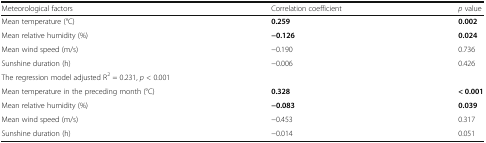
<table><thead><tr><td><b>Meteorological factors</b></td><td><b>Correlation coefficient</b></td><td><b><i>p</i> value</b></td></tr></thead><tbody><tr><td>Mean temperature (°C)</td><td><b>0.259</b></td><td><b>0.002</b></td></tr><tr><td>Mean relative humidity (%)</td><td><b>−0.126</b></td><td><b>0.024</b></td></tr><tr><td>Mean wind speed (m/s)</td><td>−0.190</td><td>0.736</td></tr><tr><td>Sunshine duration (h)</td><td>−0.006</td><td>0.426</td></tr><tr><td colspan="3">The regression model adjusted R<sup>2</sup> = 0.231, <i>p</i> &lt; 0.001</td></tr><tr><td>Mean temperature in the preceding month (°C)</td><td><b>0.328</b></td><td><b>&lt; 0.001</b></td></tr><tr><td>Mean relative humidity (%)</td><td><b>−0.083</b></td><td><b>0.039</b></td></tr><tr><td>Mean wind speed (m/s)</td><td>−0.453</td><td>0.317</td></tr><tr><td>Sunshine duration (h)</td><td>−0.014</td><td>0.051</td></tr></tbody></table>